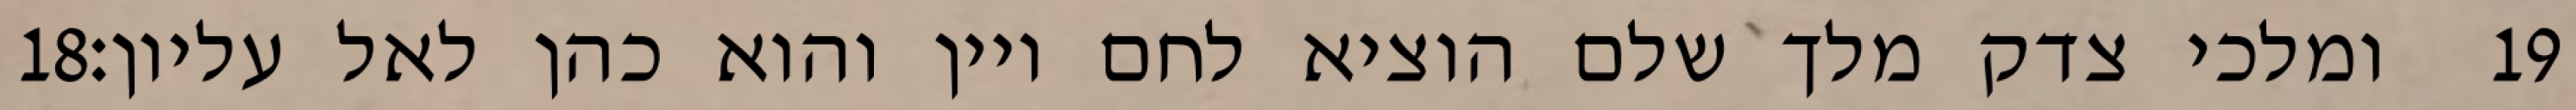
‎18‏ ומלכי צדק מלך שלם הוציא לחם ויין והוא כהן לאל עליון׃ ‎19‏